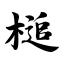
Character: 槌